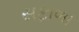
સફાળા